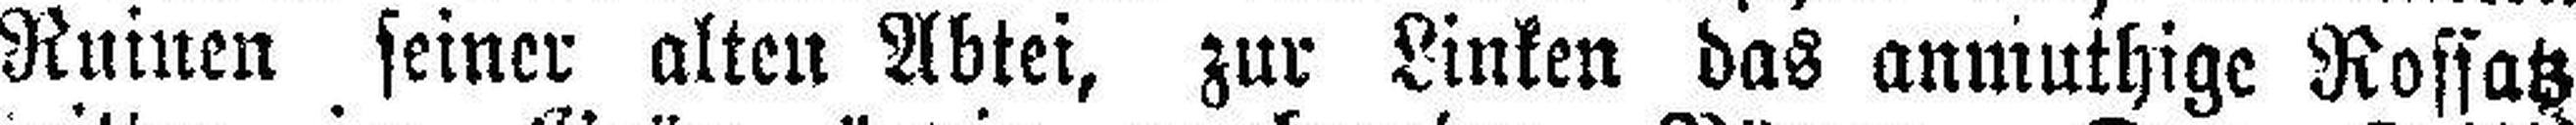
Ruinen seiner alten Abtei, zur Linken das anmuthige Rossatz